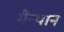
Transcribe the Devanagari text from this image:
मैन्थान